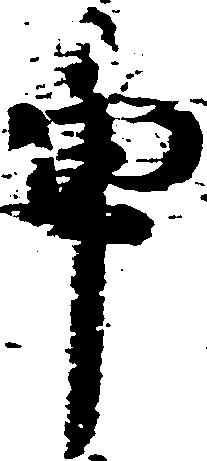
申